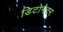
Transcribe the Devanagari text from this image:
डिटोनेटर